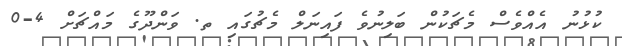
ކުޅުނު އެއްވެސް މެޗަކުން ބަލިނުވެ ފައިނަލް މެޗުގައި ތ. ވަންދޫގެ މައްޗަށް 4-0